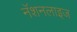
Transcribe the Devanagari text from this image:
नॅशनलाइज